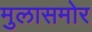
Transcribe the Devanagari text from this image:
मुलासमोर